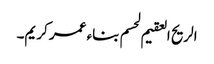
الریح العقیم لحسم بناء عمر کریم۔